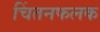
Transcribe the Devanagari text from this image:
चिंतनफलक